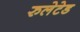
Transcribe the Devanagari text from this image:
रुलेटेड